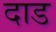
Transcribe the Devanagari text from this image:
दाड